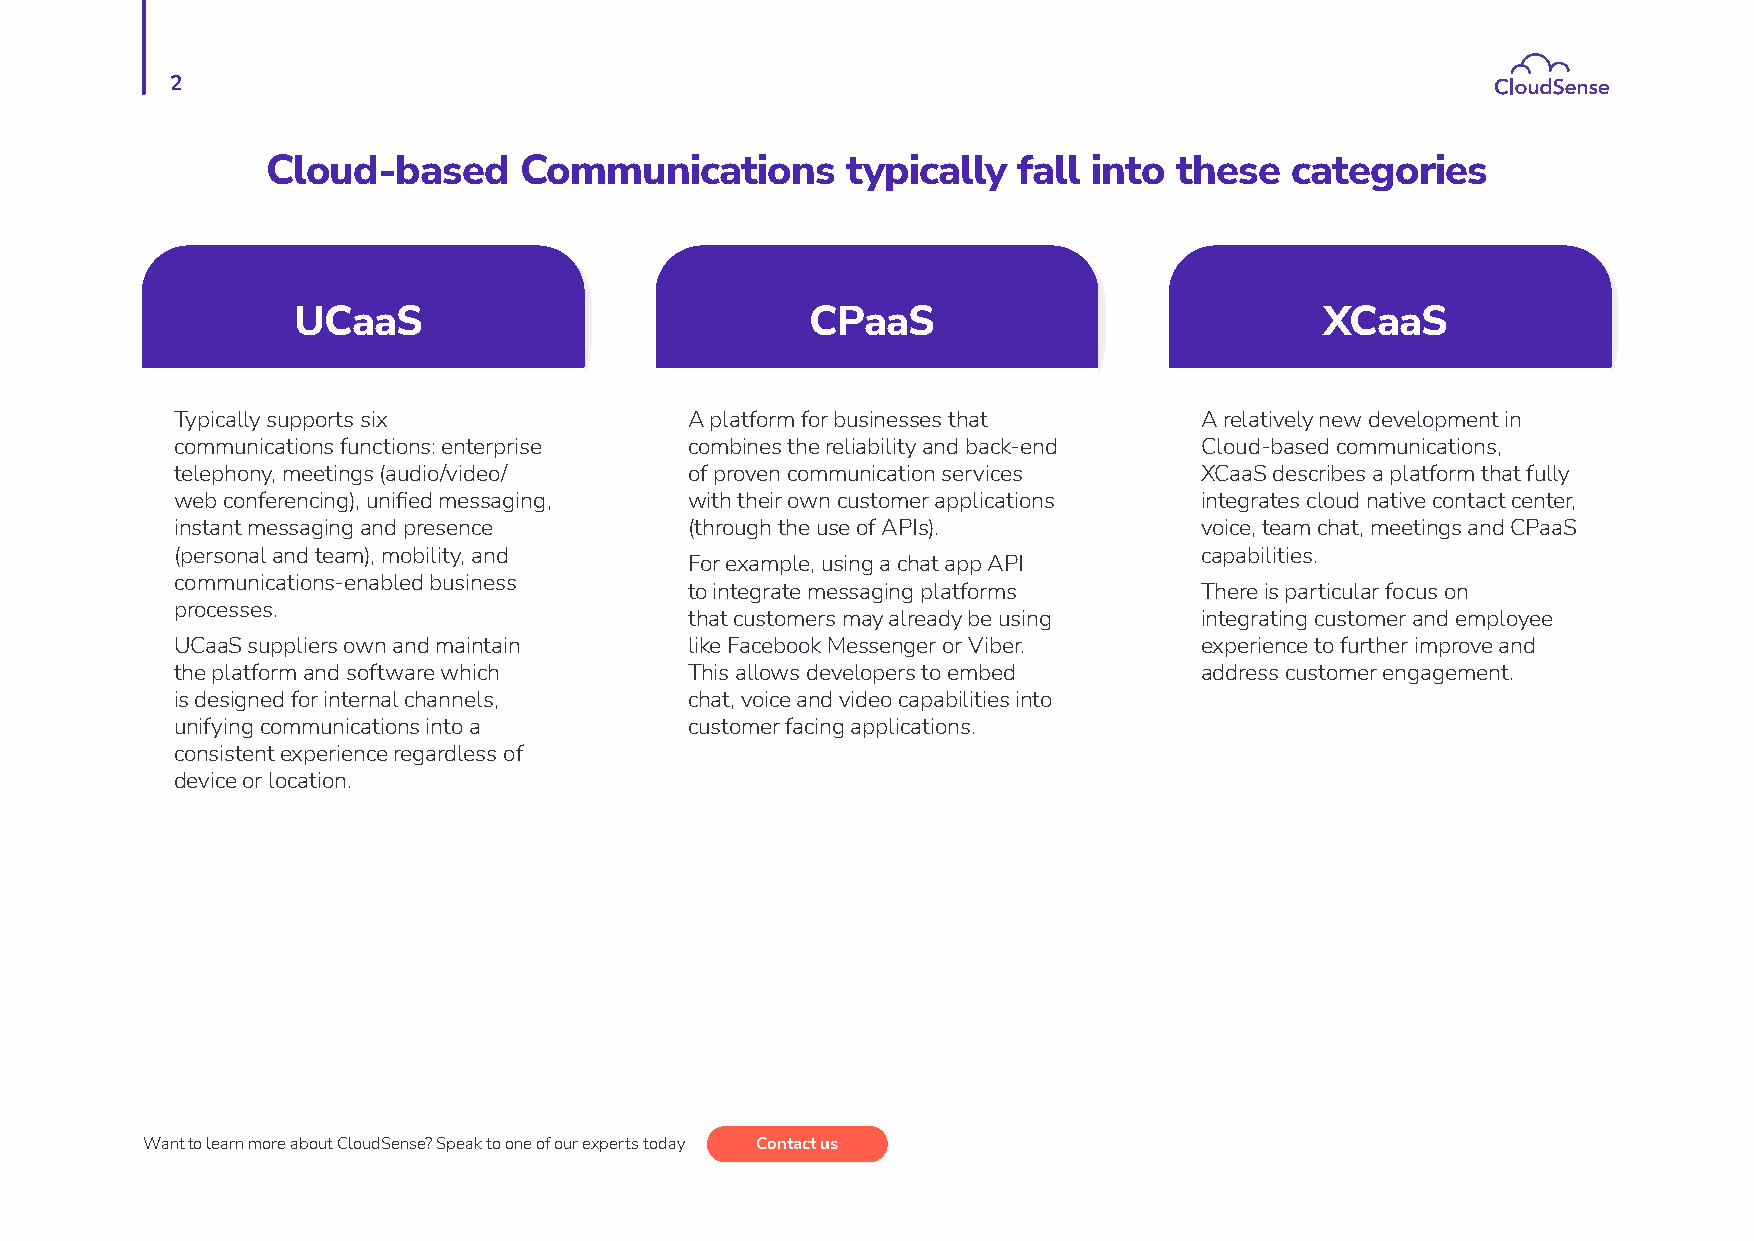
2
 Cloud-based     Communications        typically  fall into  these  categories
 UCaaS                              CPaaS                             XCaaS
 Typically supports six            A platform for businesses that    A relatively new development in
 communications functions: enterprise combines the reliability and back-end Cloud-based communications,
 telephony, meetings (audio/video/ of proven communication services  XCaaS describes a platform that fully
 web conferencing), unified messaging, with their own customer applications integrates cloud native contact center,
 instant messaging and presence    (through the use of APIs).        voice, team chat, meetings and CPaaS
 (personal and team), mobility, and                                  capabilities.
 For example, using a chat app API
 communications-enabled business
 to integrate messaging platforms  There is particular focus on
 processes.
 that customers may already be using integrating customer and employee
 UCaaS suppliers own and maintain  like Facebook Messenger or Viber. experience to further improve and
 the platform and software which   This allows developers to embed   address customer engagement.
 is designed for internal channels, chat, voice and video capabilities into
 unifying communications into a    customer facing applications.
 consistent experience regardless of
 device or location.
 Want to learn more about CloudSense? Speak to one of our experts today Contact us